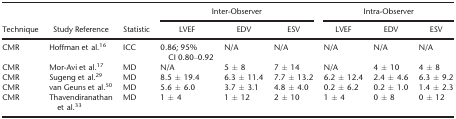
| <ROWSPAN=2> Technique | <ROWSPAN=2> Study Reference | <ROWSPAN=2> Statistic | <COLSPAN=3> Inter-Observer | <COLSPAN=3> Intra-Observer |
 | LVEF | EDV | ESV | LVEF | EDV | ESV |
 | --- | --- | --- | --- | --- | --- | --- | --- | --- |
 | CMR | Hoffman et al.16 | ICC | 0.86; 95% CI 0.80–0.92 | N/A | N/A | N/A | N/A | N/A |
 | CMR | Mor-Avi et al.17 | MD | N/A | 5 ± 8 | 7 ± 14 | N/A | 4 ± 10 | 4 ± 8 |
 | CMR | Sugeng et al.29 | MD | 8.5 ± 19.4 | 6.3 ± 11.4 | 7.7 ± 13.2 | 6.2 ± 12.4 | 2.4 ± 4.6 | 6.3 ± 9.2 |
 | CMR | van Geuns et al.50 | MD | 5.6 ± 6.0 | 3.7 ± 3.1 | 4.8 ± 4.0 | 0.2 ± 6.2 | 0.2 ± 1.0 | 1.4 ± 2.3 |
 | CMR | Thavendiranathan et al.33 | MD | 1 ± 4 | 1 ± 12 | 2 ± 10 | 1 ± 4 | 0 ± 8 | 0 ± 12 |